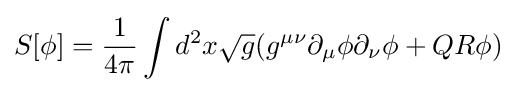
S[\phi ]={\frac {1}{4\pi }}\int d^{2}x{\sqrt {g}}(g^{\mu \nu }\partial _{\mu }\phi \partial _{\nu }\phi +QR\phi )\